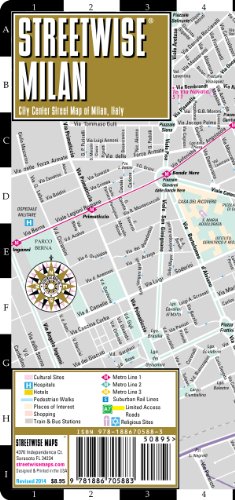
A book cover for Streetwise Milan Map - Laminated City Center Street Map of Milan, Italy - Folding pocket size travel map with metro map; Streetwise Maps; Travel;